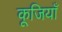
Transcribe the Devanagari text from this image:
कूजियाँ